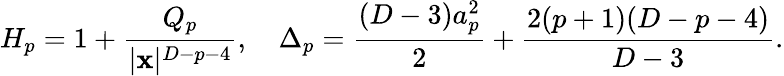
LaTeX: H_{p}=1+{\frac{Q_{p}}{|{\mathbf x}|^{D-p-4}}},\ \ \ \ \Delta_{p}={\frac{(D-3)a_{p}^{2}}{2}}+{\frac{2(p+1)(D-p-4)}{D-3}}.